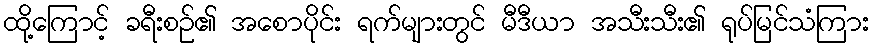
ထို့ကြောင့် ခရီးစဉ်၏ အစောပိုင်း ရက်များတွင် မီဒီယာ အသီးသီး၏ ရုပ်မြင်သံကြား